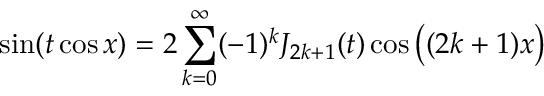
\sin ( t \cos x ) = 2 \sum _ { k = 0 } ^ { \infty } ( - 1 ) ^ { k } J _ { 2 k + 1 } ( t ) \cos { \big ( } ( 2 k + 1 ) x { \big ) }